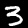
Label: 3